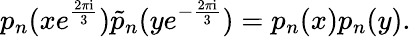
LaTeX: p_{n}(xe^{\frac{2\pi\mathrm{i}}{3}})\tilde{p}_{n}(ye^{-\frac{2\pi\mathrm{i}}{3}})=p_{n}(x)p_{n}(y).